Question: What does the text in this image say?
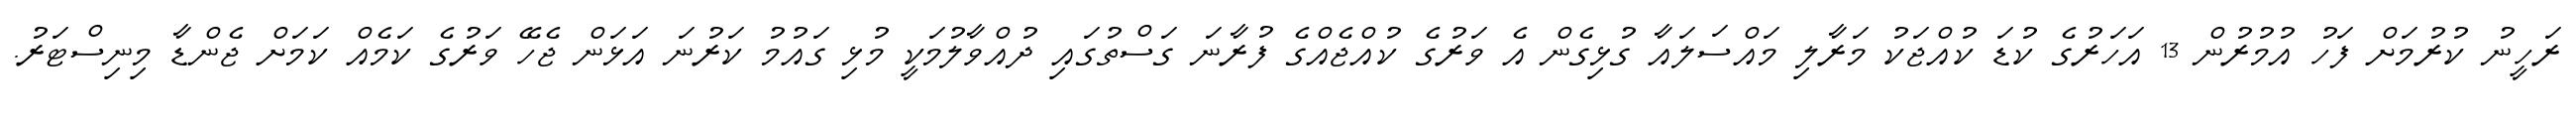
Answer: ރަހީނު ކުރުމަށް ފަހު އުމުރުން 13 އަހަރުގެ ކުޑަ ކުއްޖަކު މަރާލި މައްސަލައާ ގުޅިގެން އެ ވަރުގެ ކުއްޖެއްގެ ފުރާނަ ގަސްތުގައި ދުއްވާލުމަކީ މުޅި ގައުމު ކަރުނަ އަޅަން ޖެހޭ ވަރުގެ ކަމެއް ކަމަށް ޖެންޑާ މިނިސްޓަރު.